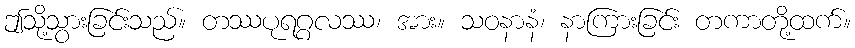
ဤသို့သွားခြင်းသည်။ တဿပုရဂ္ဂလဿ၊ အား။ သဝနာနံ၊ နာကြားခြင်း တကာတို့ထက်။